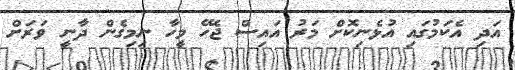
އަދި އެކަމުގައި އުޅެނިކޮށް މަރު އައިސް ޖެހޭ މީހާ ނިމިގެން ދާނީ ވަރަށް